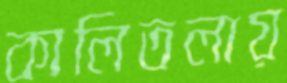
কালিতলায়